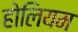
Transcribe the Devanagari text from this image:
होलियम